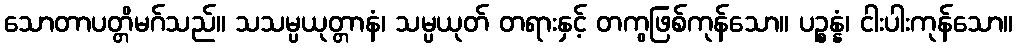
သောတာပတ္တိမဂ်သည်။ သသမ္ပယုတ္တာနံ၊ သမ္ပယုတ် တရားနှင့် တကွဖြစ်ကုန်သော။ ပဉ္စန္နံ၊ ငါးပါးကုန်သော။